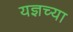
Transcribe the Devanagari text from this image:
यज्ञच्या